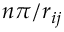
n \pi / r _ { i j }